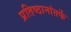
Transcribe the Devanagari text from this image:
प्रतिष्ठानांतर्फे